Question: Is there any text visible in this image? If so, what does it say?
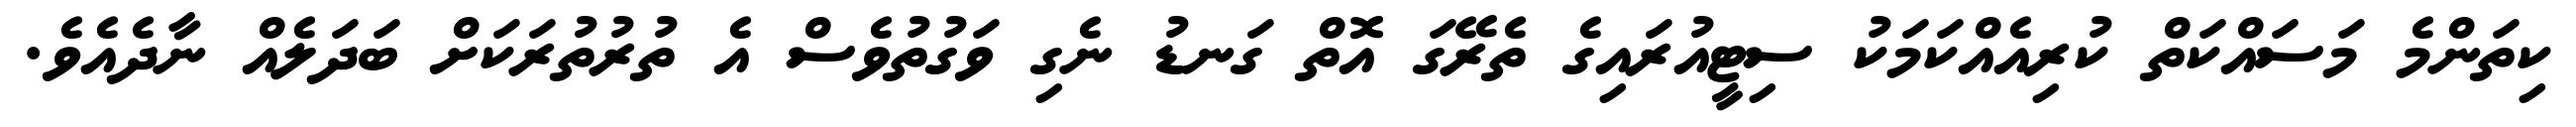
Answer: ކިތަންމެ މަސައްކަތް ކުރިއެއްކަމަކު ސިޓީއުރައިގެ ތެރޭގަ އޮތް ގަނޑު ނެގި ވަގުތުވެސް އެ ތުރުތުރަކަށް ބަދަލެއް ނާދެއެވެ.